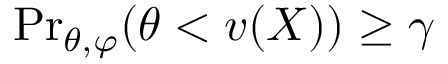
{ \operatorname* { P r } } _ { \theta , \varphi } ( \theta < v ( X ) ) \geq \gamma